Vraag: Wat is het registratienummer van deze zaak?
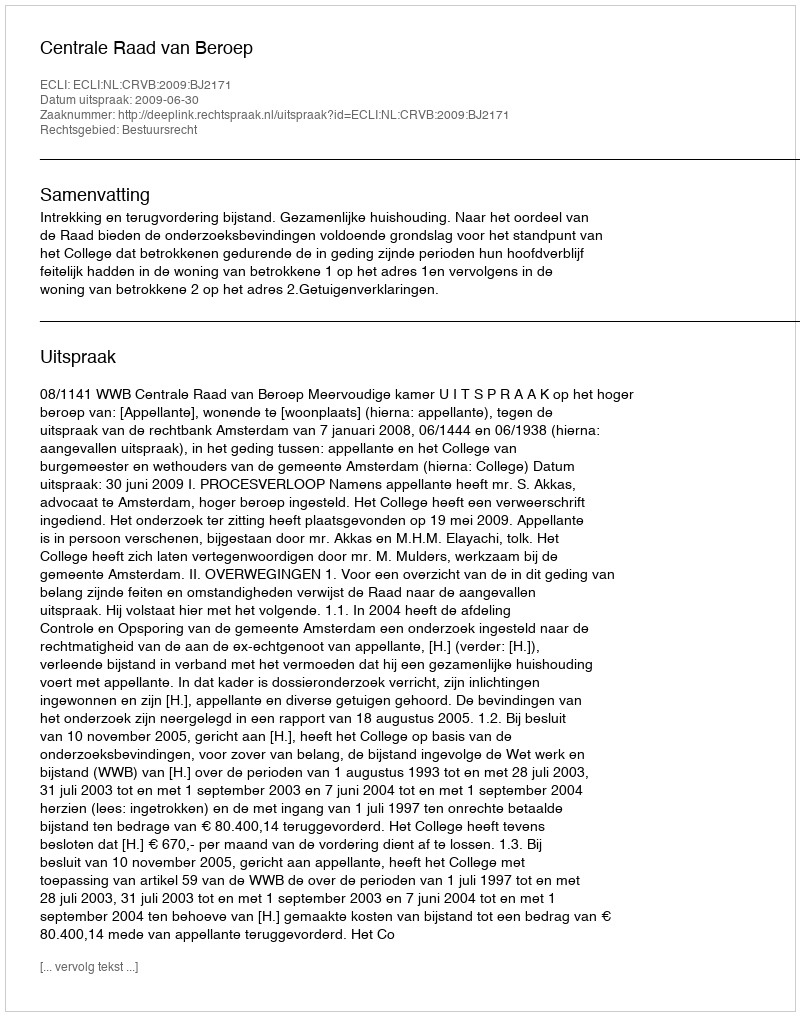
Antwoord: http://deeplink.rechtspraak.nl/uitspraak?id=ECLI:NL:CRVB:2009:BJ2171